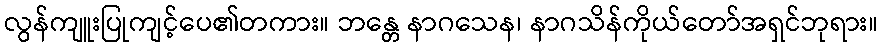
လွန်ကျူးပြုကျင့်ပေ၏တကား။ ဘန္တေ နာဂသေန၊ နာဂသိန်ကိုယ်တော်အရှင်ဘုရား။